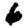
Digit: 6